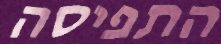
התפיסה